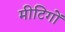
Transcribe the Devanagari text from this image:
मीटिगों